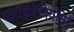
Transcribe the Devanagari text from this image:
ग्लाइचेनियेसिई